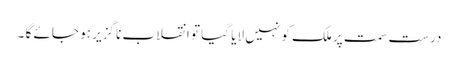
درست سمت پر ملک کو نہیں لایا گیا تو انقلاب نا گزیر ہو جائے گا ۔